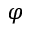
\varphi